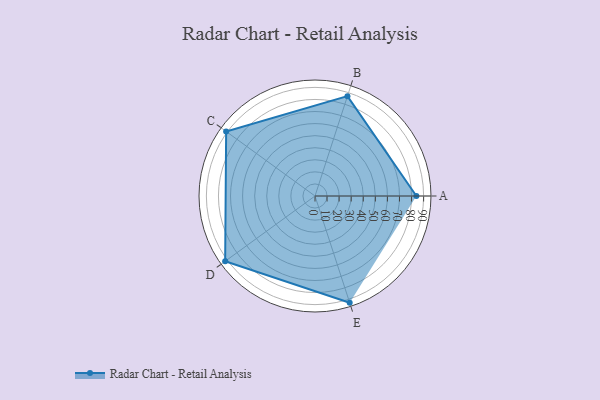
{"axis": {"x": "Skill", "y": "Score"}, "legend": ["Profile"], "data": [{"x": "A", "y": 84.0, "type": "Profile"}, {"x": "B", "y": 87.0, "type": "Profile"}, {"x": "C", "y": 91.0, "type": "Profile"}, {"x": "D", "y": 92.0, "type": "Profile"}, {"x": "E", "y": 93.0, "type": "Profile"}]}